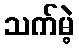
သက်မဲ့